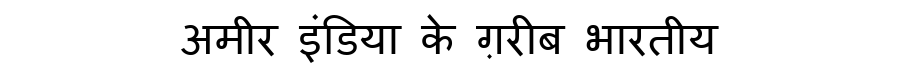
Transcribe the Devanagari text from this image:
अमीर इंडिया के ग़रीब भारतीय